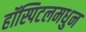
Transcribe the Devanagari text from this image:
हॉस्पिटलमधुन